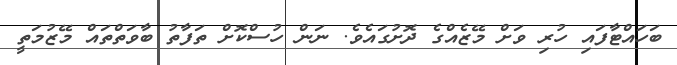
ބަހައްޓާފައި ހުރި ވަށް މޭޒެއްގެ ދޮށުގައެވެ. ނަން ހުސްކޮށް ތަފާތު ބާވަތްތައް މޭޒުމަތީ